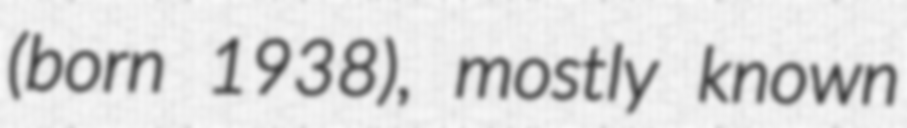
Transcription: (born 1938), mostly known